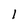
Character: l